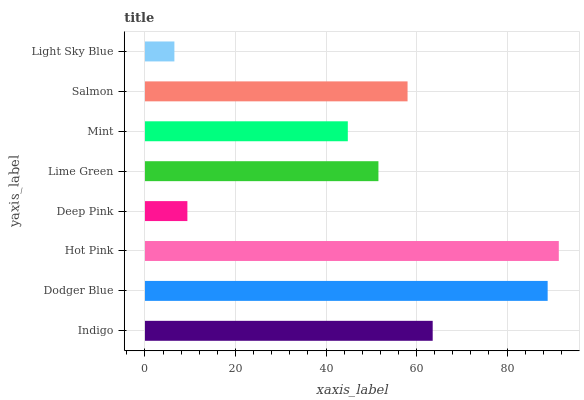
| yaxis_label | bars |
 | --- | --- |
 | Indigo | 63.6 |
 | Dodger Blue | 89 |
 | Hot Pink | 91.4 |
 | Deep Pink | 9.37 |
 | Lime Green | 51.6 |
 | Mint | 44.8 |
 | Salmon | 58 |
 | Light Sky Blue | 6.5 |